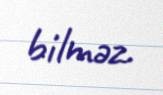
bilməz.